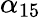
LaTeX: \alpha_{15}